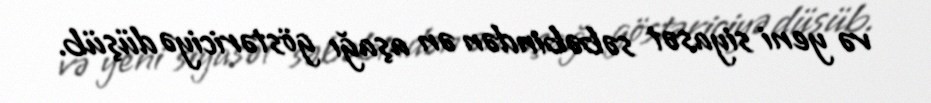
və yeni siyasət səbəbindən ən aşağı göstəriciyə düşüb.